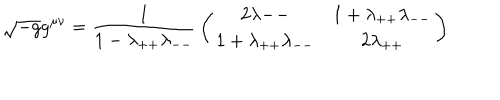
\sqrt { - g } g ^ { \mu \nu } = { \frac { 1 } { 1 - \lambda _ { + + } \lambda _ { -- } } } \left( \begin{array} { c c } { { { 2 \lambda { -- } } } } & { { { 1 + \lambda _ { + + } \lambda _ { -- } } } } \\ { { { 1 + \lambda _ { + + } \lambda _ { -- } } } } & { { { 2 \lambda _ { + + } } } } \\ \end{array} \right)